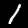
Label: 1